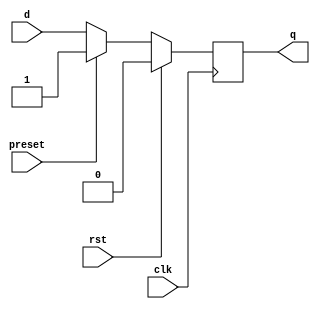
module dff_async_preset (
  input clk,
  input rst,
  input preset,
  input d,
  output reg q
);

always @(posedge clk) begin
    if (rst) begin
        q <= 0;
    end else if (preset) begin
        q <= 1;
    end else begin
        q <= d;
    end
end

endmodule